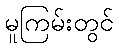
မူကြမ်းတွင်